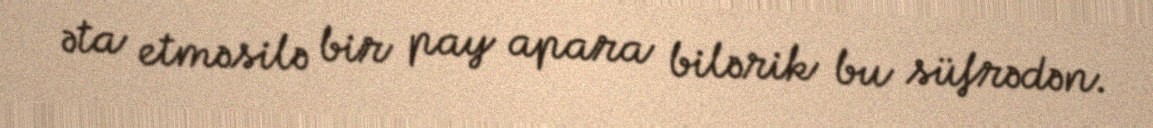
əta etməsilə bir pay apara bilərik bu süfrədən.